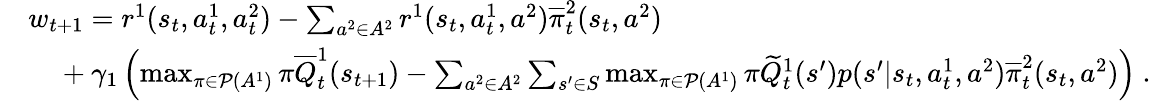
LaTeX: \begin{array}{rl}&{w_{t+1}=r^{1}(s_{t},a_{t}^{1},a_{t}^{2})-\sum_{a^{2}\in A^{2}}r^{1}(s_{t},a_{t}^{1},a^{2})\overline{{\pi}}_{t}^{2}(s_{t},a^{2})}\\ &{~~~~+\gamma_{1}\left(\operatorname*{max}_{\pi\in\mathcal P(A^{1})}\pi\overline{{Q}}_{t}^{1}(s_{t+1})-\sum_{a^{2}\in A^{2}}\sum_{s^{\prime}\in S}\operatorname*{max}_{\pi\in\mathcal P(A^{1})}\pi\widetilde{Q}_{t}^{1}(s^{\prime})p(s^{\prime}|s_{t},a_{t}^{1},a^{2})\overline{{\pi}}_{t}^{2}(s_{t},a^{2})\right)\ .}\end{array}